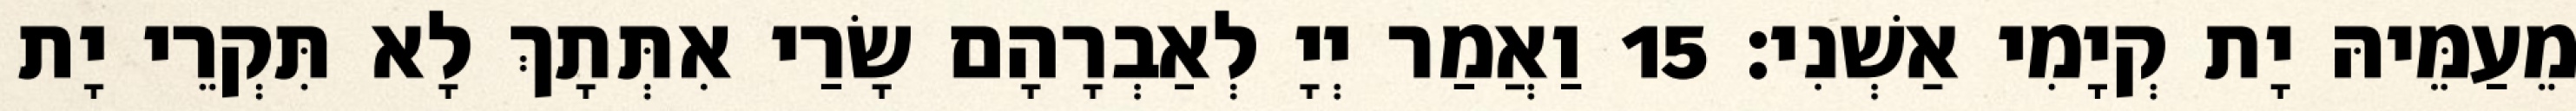
מֵעַמֵּיהּ יָת קְיָמִי אַשְׁנִי׃ 15 וַאֲמַר יְיָ לְאַבְרָהָם שָׂרַי אִתְּתָךְ לָא תִּקְרֵי יָת